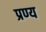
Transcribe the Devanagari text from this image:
प्रण्य